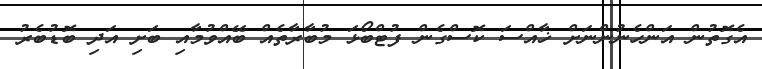
އެގޮތުން އަންހެނުންނަށް ޚާއްސަ ކޮސްގެން ފުޓްބޯޅަ މުބާރާތެއް ބޭއްވުމާއި ބަށި އަދި ބޮޑުބެރު